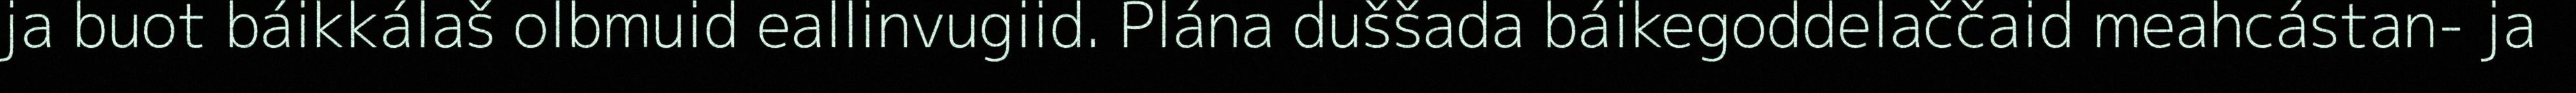
ja buot báikkálaš olbmuid eallinvugiid. Plána duššada báikegoddelaččaid meahcástan- ja